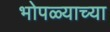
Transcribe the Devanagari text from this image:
भोपळ्याच्या